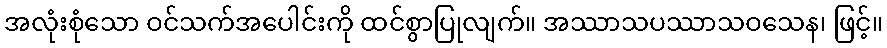
အလုံးစုံသော ဝင်သက်အပေါင်းကို ထင်စွာပြုလျက်။ အဿာသပဿာသဝသေန၊ ဖြင့်။